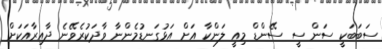
ސަބަބަކީ ސަން ސީ ސޭންޑް މިއީ ލަންކާ އަށް އަޅުގަނޑުމެންނާ ވާދަކުރެވޭނެ ދާއިރާއަކަށް